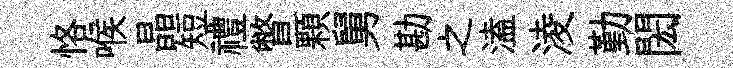
恪喉晶短禮瞥顆舅勘之溘淩勤閎